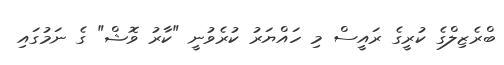
ބްރެޒިލްގެ ކުރީގެ ރައީސް މި ހައްޔަރު ކުރެވުނީ "ކާރު ވޮޝް" ގެ ނަމުގައި